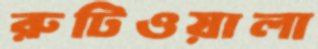
রুটিওয়ালা